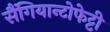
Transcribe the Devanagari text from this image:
सैंगियान्टोफेट्टी